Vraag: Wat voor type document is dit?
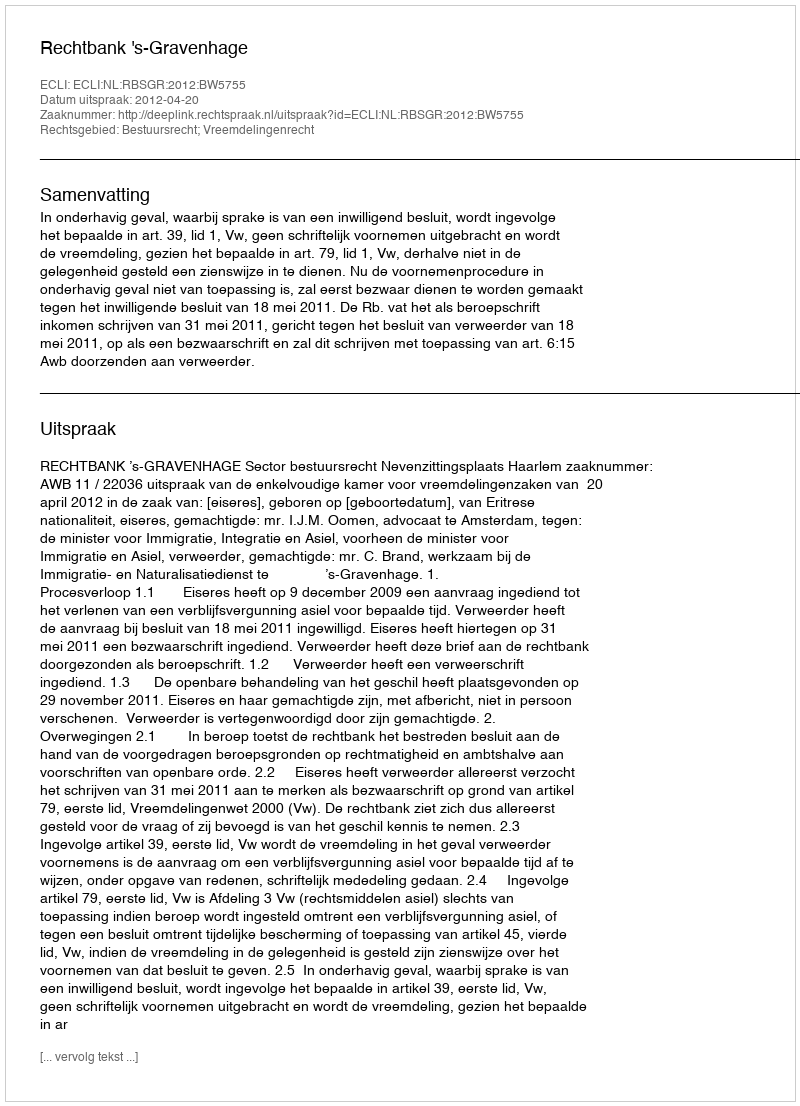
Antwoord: Uitspraak